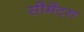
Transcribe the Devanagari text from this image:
सीमेंट्स